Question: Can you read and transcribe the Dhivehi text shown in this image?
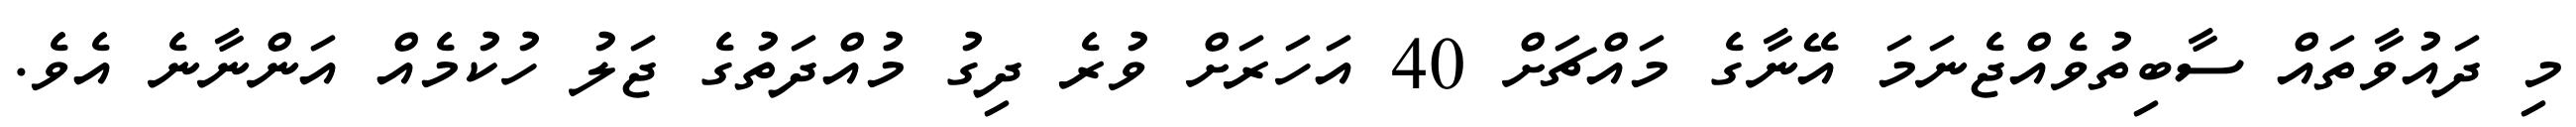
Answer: މި ދައުވާތައް ސާބިތުވެއްޖެނަމަ އޭނާގެ މައްޗަށް 40 އަހަރަށް ވުރެ ދިގު މުއްދަތުގެ ޖަލު ހުކުމެއް އަންނާނެ އެވެ.